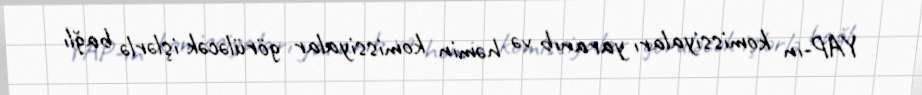
YAP-ın komissiyaları yaranıb və həmin komissiyalar görüləcək işlərlə bağlı